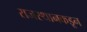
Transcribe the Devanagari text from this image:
राजस्थानकडून